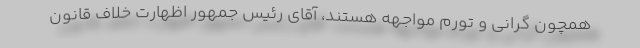
همچون گرانی و تورم مواجهه هستند، آقای رئیس جمهور اظهارت خلاف قانون